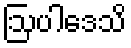
ဩပါဒေသိ